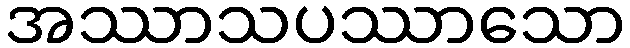
အဿာသပဿာသော